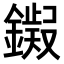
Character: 𫓊